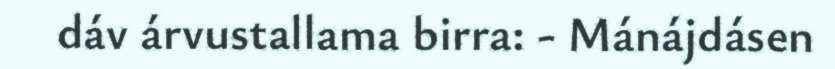
dáv árvustallama birra: - Mánájdásen